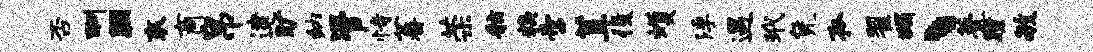
否酬胭衮商帛逮旷纳管恃蕃荣舷糗啻茸役蠖浮遇玳凭孤翟蠲丶甍瞳毓